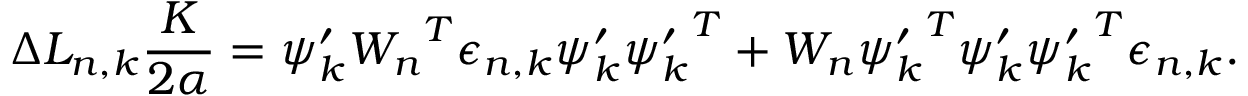
\Delta L _ { n , k } \frac { K } { 2 \alpha } = { \psi _ { k } ^ { \prime } } { W _ { n } } ^ { T } \epsilon _ { n , k } { \psi _ { k } ^ { \prime } } { \psi _ { k } ^ { \prime } } ^ { T } + { W _ { n } } { \psi _ { k } ^ { \prime } } ^ { T } { \psi _ { k } ^ { \prime } } { \psi _ { k } ^ { \prime } } ^ { T } \epsilon _ { n , k } .